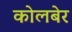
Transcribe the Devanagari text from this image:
कोलबेर